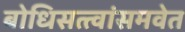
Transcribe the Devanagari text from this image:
बोधिसत्त्वांसमवेत